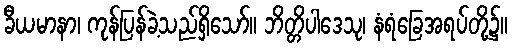
ခီယမာနာ၊ ကုန်ပြန်ခဲ့သည်ရှိသော်။ ဘိတ္တိပါဒေသု၊ နံရံခြေအရပ်တို့၌။